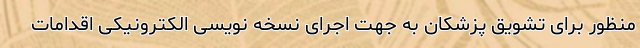
منظور برای تشویق پزشکان به جهت اجرای نسخه نویسی الکترونیکی اقدامات